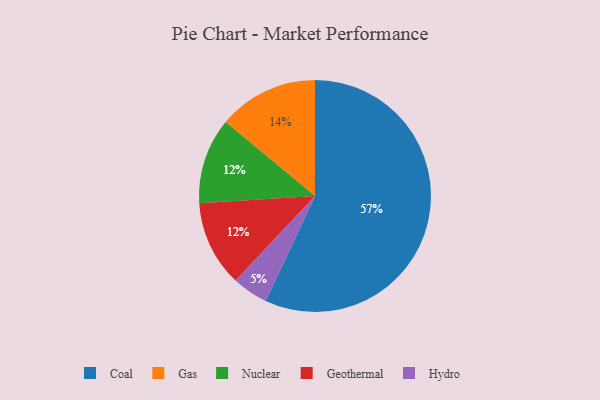
{"axis": {"x": "Category", "y": "Percentage"}, "legend": ["Coal", "Gas", "Geothermal", "Hydro", "Nuclear"], "data": [{"x": "Hydro", "y": 5, "type": "Hydro"}, {"x": "Gas", "y": 14, "type": "Gas"}, {"x": "Coal", "y": 57, "type": "Coal"}, {"x": "Nuclear", "y": 12, "type": "Nuclear"}, {"x": "Geothermal", "y": 12, "type": "Geothermal"}]}